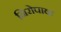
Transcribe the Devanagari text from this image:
निरोपावा